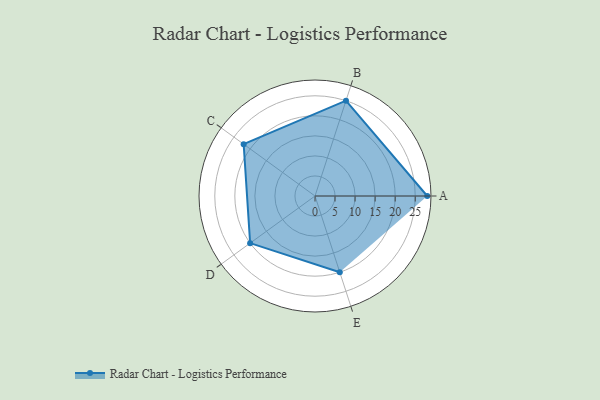
{"axis": {"x": "Skill", "y": "Score"}, "legend": ["Profile"], "data": [{"x": "A", "y": 28.0, "type": "Profile"}, {"x": "B", "y": 25.0, "type": "Profile"}, {"x": "C", "y": 22.0, "type": "Profile"}, {"x": "D", "y": 20, "type": "Profile"}, {"x": "E", "y": 20, "type": "Profile"}]}